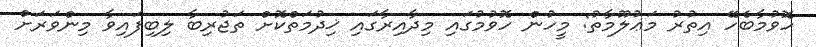
ހޮވުމާބެހޭ އިތުރު މަޢުލޫމާތު: މީހުން ހޮވުމުގައި މިދާއިރާގައި ޚިދުމަތްކޮށް ތަޖުރިބާ ލިބިފައިވާ މިންވަރަށް